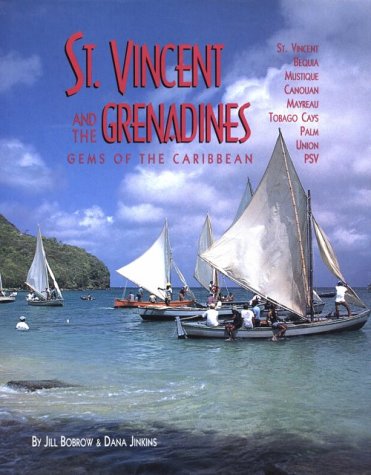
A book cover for St. Vincent and the Grenadines: Bequia, Mustique, Canouan, Mayreau, Tobago Cays, Palm, Union, Psv : A Plural Country; Jill Bobrow; Travel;